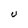
Character: U